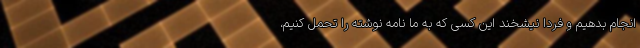
انجام بدهیم و فردا نیشخند این کسی که به ما نامه نوشته را تحمل کنیم،